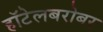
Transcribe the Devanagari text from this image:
हॉटेलबरोबर